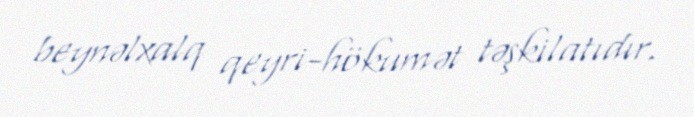
beynəlxalq qeyri-hökumət təşkilatıdır.